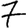
Digit: 7